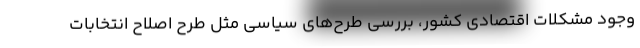
وجود مشکلات اقتصادی کشور، بررسی طرح‌های سیاسی مثل طرح اصلاح انتخابات